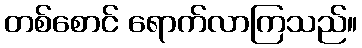
တစ်စောင် ရောက်လာကြသည်။